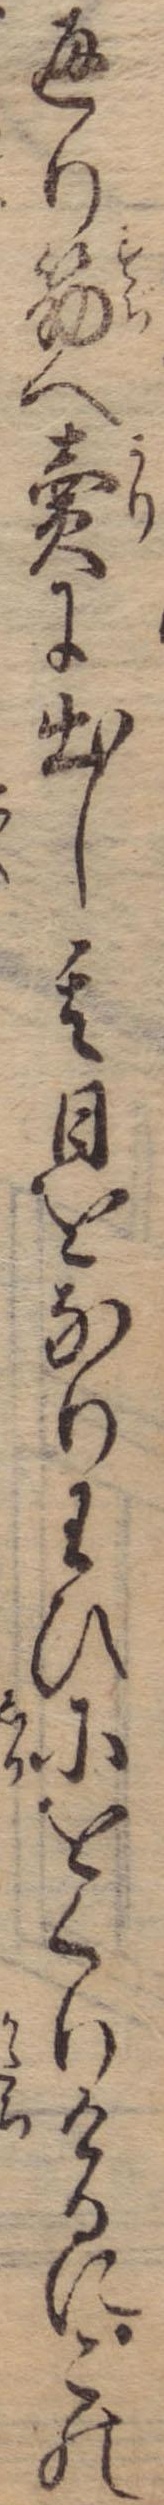
通り筋へ売に出し其日をなりわひにをくりけるにこの